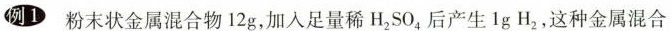
例1 粉末状金属混合物12g，加入足量稀H_{2}SO{4}后产生1gH_{2}，这种金属混合